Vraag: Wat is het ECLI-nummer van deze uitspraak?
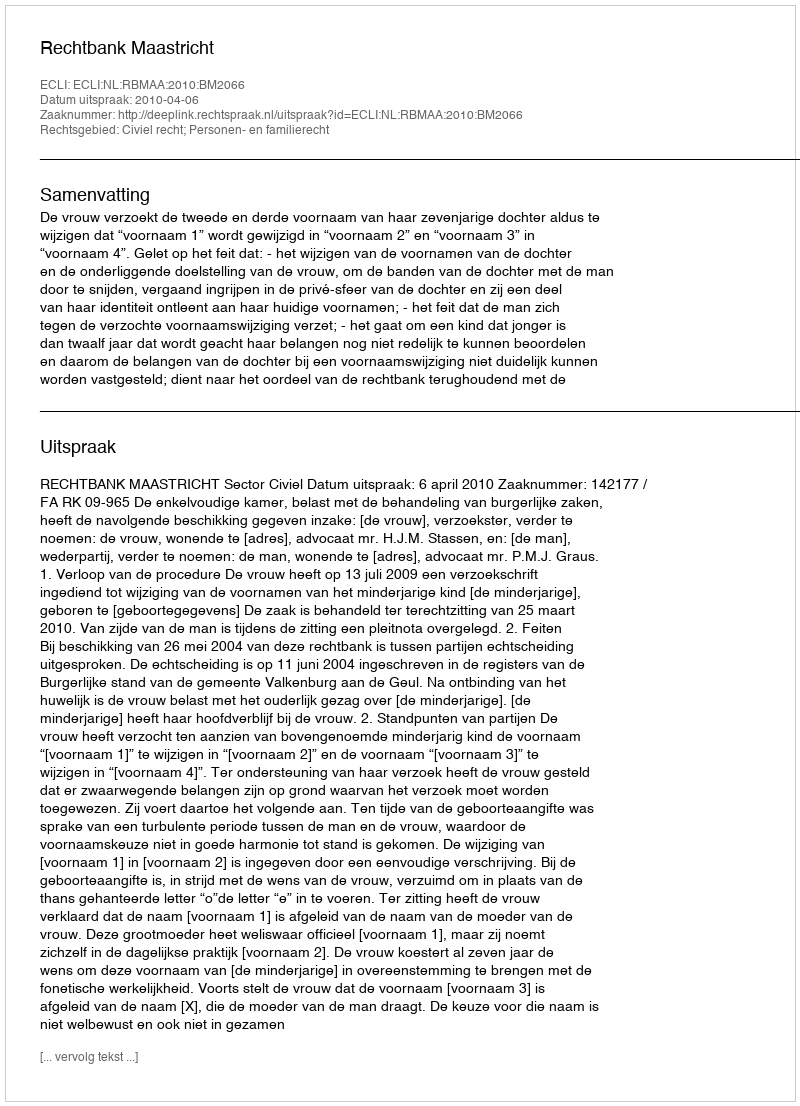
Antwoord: ECLI:NL:RBMAA:2010:BM2066